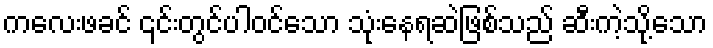
ကလေးဖခင် ၎င်းတွင်ပါဝင်သော သုံးနေရဆဲဖြစ်သည် ဆီးကဲ့သို့သော